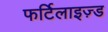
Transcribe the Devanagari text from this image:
फर्टिलाइज़्ड